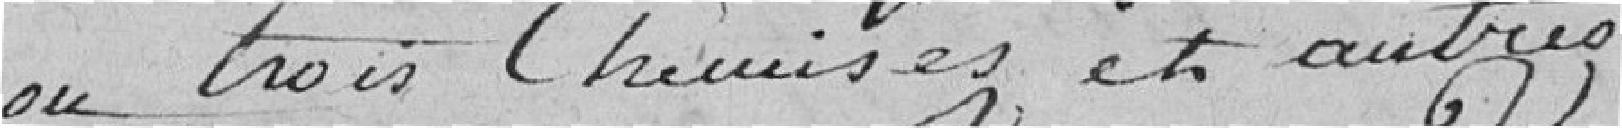
ou trois chemises et autres